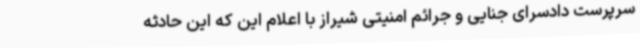
سرپرست دادسرای جنایی و جرائم امنیتی شیراز با اعلام این که این حادثه